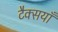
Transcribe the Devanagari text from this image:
टैक्सयाँ